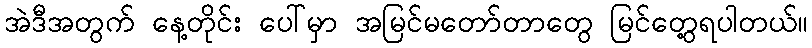
အဲဒီအတွက် နေ့တိုင်း ပေါ်မှာ အမြင်မတော်တာတွေ မြင်တွေ့ရပါတယ်။